Lunatic asylums Central Provinces reports 1895-1909 - 1895-1909
Year: 1895
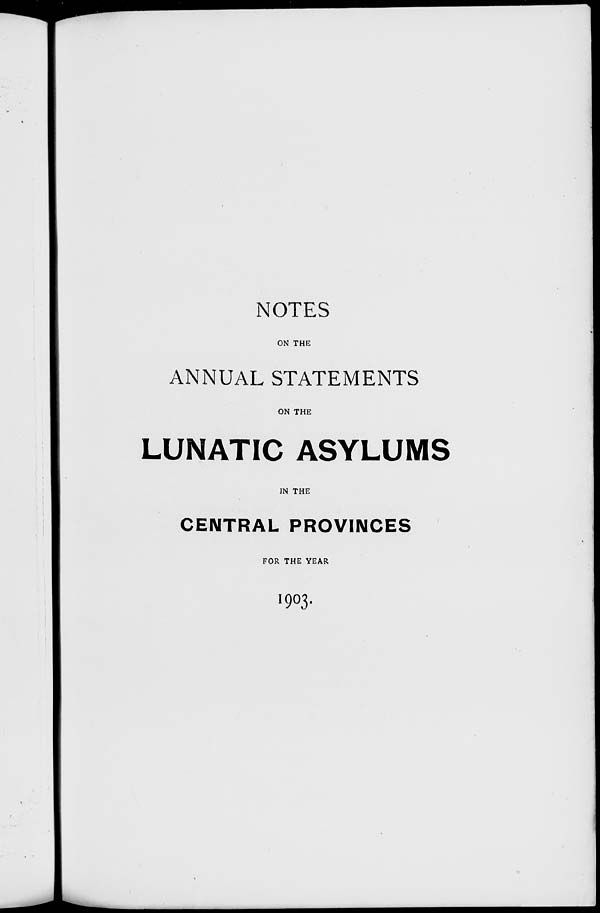
NOTES
ON THE
ANNUAL STATEMENTS
ON THE
LUNATIC ASYLUMS
IN THE
CENTRAL PROVINCES
FOR THE YEAR
1903.